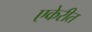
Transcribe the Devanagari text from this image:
एकेरीत